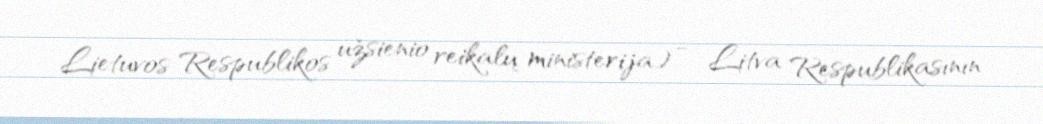
Lietuvos Respublikos užsienio reikalų ministerija) — Litva Respublikasının